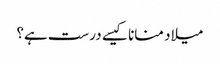
میلاد منانا کیسے درست ہے؟